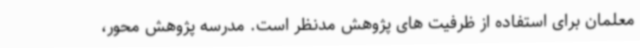
معلمان برای استفاده از ظرفیت های پژوهش مدنظر است. مدرسه پژوهش محور،